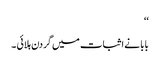
‘‘
بابا نے اثبات میں گردن ہلائی ۔